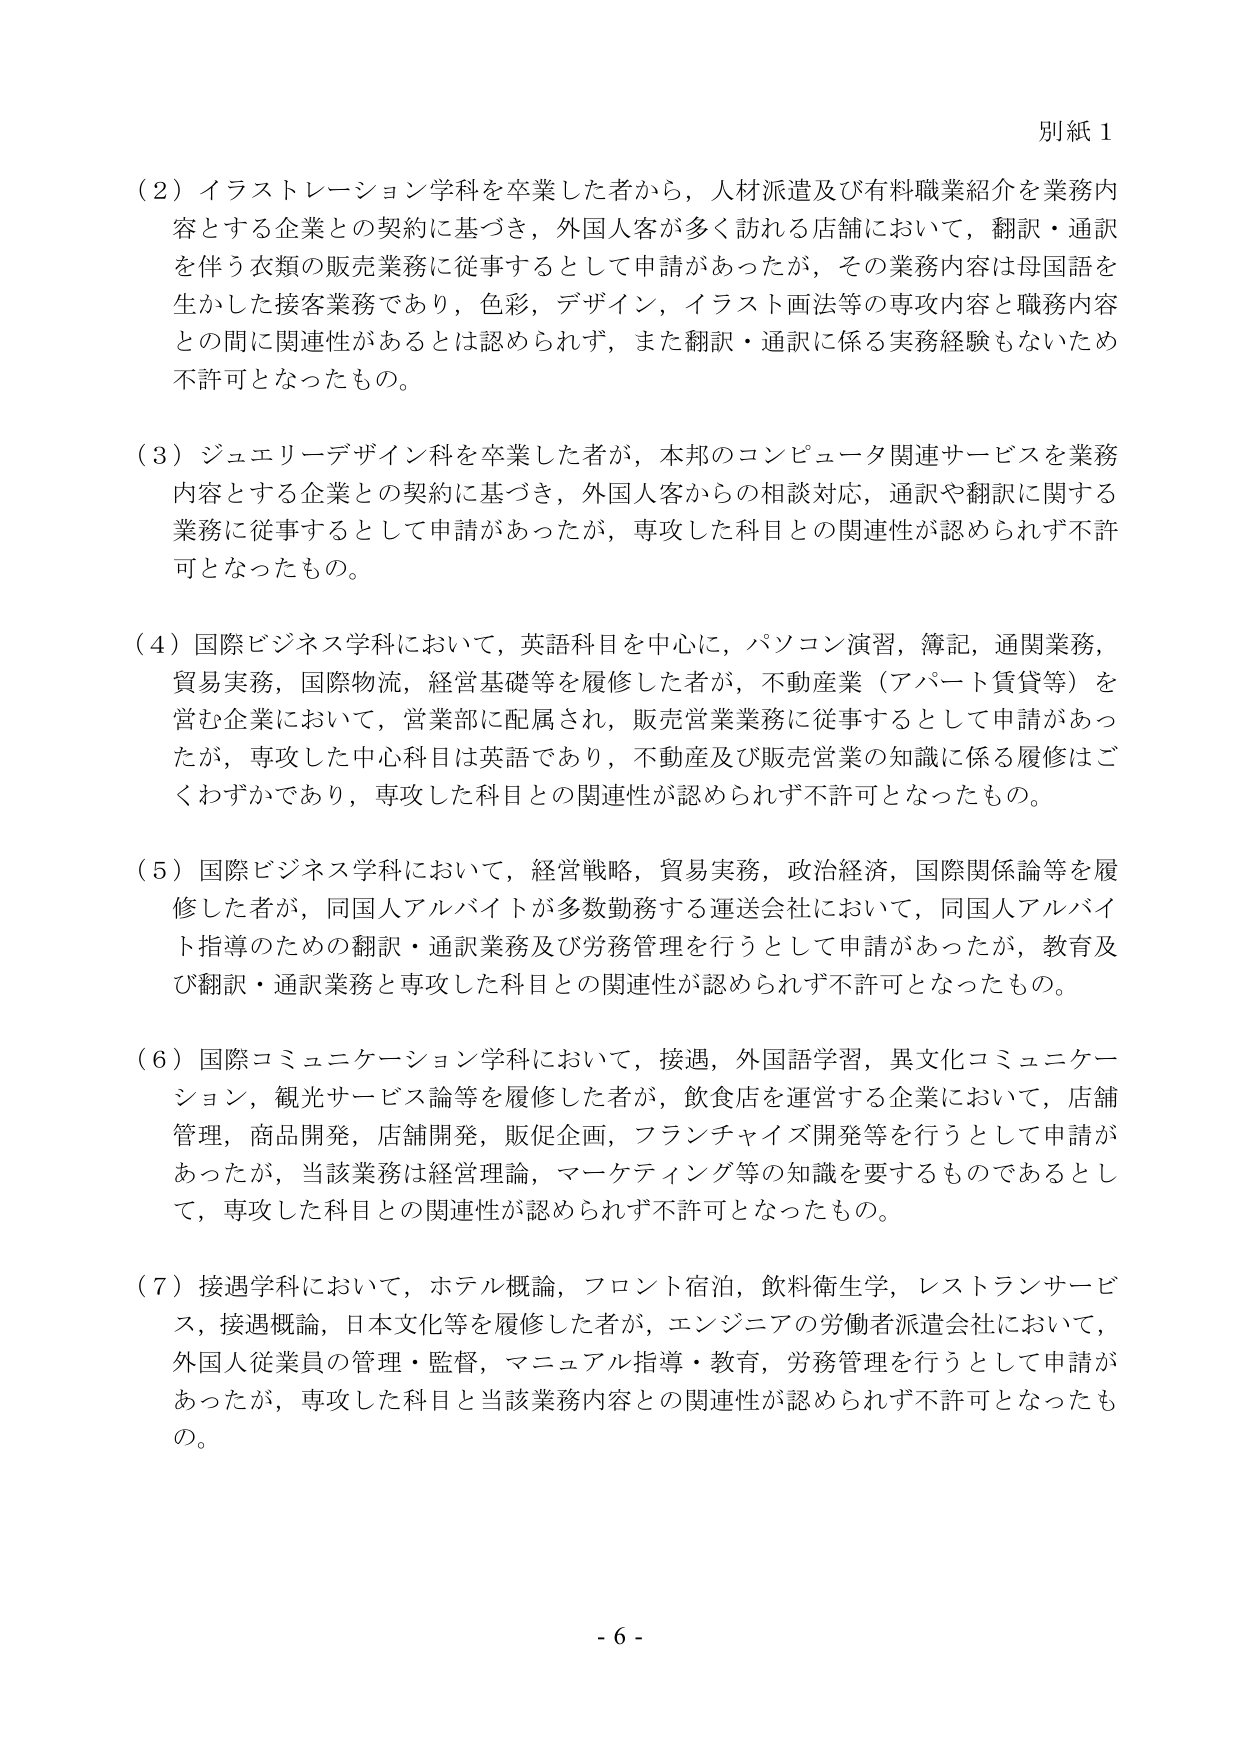
別紙１

（２）イラストレーション学科を卒業した者から，人材派遣及び有料職業紹介を業務内容とする企業との契約に基づき，外国人客が多く訪れる店舗において，翻訳・通訳を伴う販売業務に従事するとして申請があったが，その業務内容は母国語を生かした接客業務であり，色彩，デザイン，イラスト画法等の専攻内容と職務内容との間に関連性があるとは認められず，また翻訳・通訳に係る実務経験もないため不許可となったもの。

（３）ジュエリーデザイン科を卒業した者が，本邦のコンピュータ関連サービスを業務内容とする企業との契約に基づき，外国人客からの相談対応，通訳や翻訳に関する業務に従事するとして申請があったが，専攻した科目との関連性が認められず不許可となったもの。

（４）国際ビジネス学科において，英語科目を中心に，パソコン演習，簿記，通関業務，貿易実務，国際物流，経営基礎等を履修した者が，不動産業（アパート賃貸等）を営む企業において，営業部に配属され，販売営業業務に従事するとして申請があったが，専攻した中心科目は英語であり，不動産及び販売営業の知識に係る履修はごくわずかであり，専攻した科目との関連性が認められず不許可となったもの。

（５）国際ビジネス学科において，経営戦略，貿易実務，政治経済，国際関係論等を履修した者が，同国人アルバイトが多数勤務する運送会社において，同国人アルバイト指導のための翻訳・通訳業務及び労務管理を行うとして申請があったが，教育及び翻訳・通訳業務と専攻した科目との関連性が認められず不許可となったもの。

（６）国際コミュニケーション学科において，接遇，外国語学習，異文化コミュニケーション，観光サービス論等を履修した者が，飲食店を運営する企業において，店舗管理，商品開発，店舗開発，販促企画，フランチャイズ開発等を行うとして申請があったが，当該業務は経営理論，マーケティング等の知識を要するものであるとして，専攻した科目との関連性が認められず不許可となったもの。

（７）接遇学科において，ホテル概論，フロント宿泊，飲料衛生学，レストランサービス，接遇概論，日本文化等を履修した者が，エンジニアの労働者派遣会社において，外国人従業員の管理・監督，マニュアル指導・教育，労務管理を行うとして申請があったが，専攻した科目と当該業務内容との関連性が認められず不許可となったもの。

- 6 -